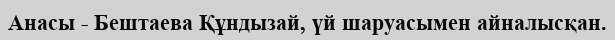
Анасы - Бештаева Құндызай, үй шаруасымен айналысқан.